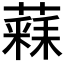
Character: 𮑧